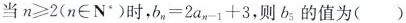
当n≥2(n\in N^{'})时，$$b _ { n } = 2 a _ { n - 1 } + 3$$，则b_{5}的值为()